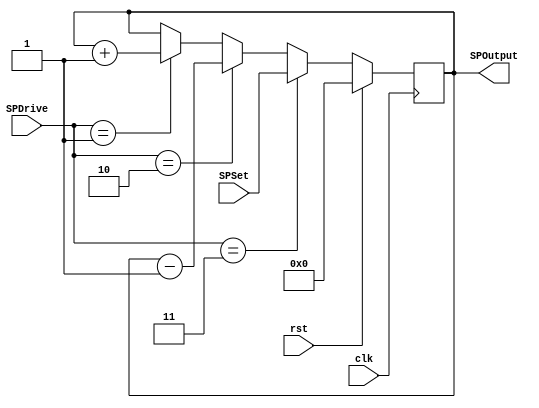
`timescale 1ns / 1ps
//////////////////////////////////////////////////////////////////////////////////
// Company: 
// Engineer: 
// 
// Design Name: 
// Module Name:    SP 
// Project Name: 
// Target Devices: 
// Tool versions: 
// Description: 
//
// Dependencies: 
//
// Revision: 
// Revision 0.01 - File Created
// Additional Comments: 
//
//////////////////////////////////////////////////////////////////////////////////
module SP(input wire clk,
    input wire rst,
    input wire [31:0] SPSet,
    input wire [1:0] SPDrive, //Increment/Decrement SP 00 - Do nothing 01 - Increment 10 - Decrement 11 - Set SP 
    output reg [31:0] SPOutput
    );
	 
always@(posedge clk)
  begin
   if(rst == 1'b0)
	 begin
	  if(SPDrive == 2'b01)
	   begin
		 SPOutput <= SPOutput + 32'd1;
		end
	  if(SPDrive == 2'b10)
	   begin
		 SPOutput <= SPOutput - 32'd1;
		end
	  if(SPDrive == 2'b11)
	   begin
		 SPOutput <= SPSet;
		end
	end
	  else
	   begin
		 SPOutput <= 32'd0;
		end
  end
endmodule